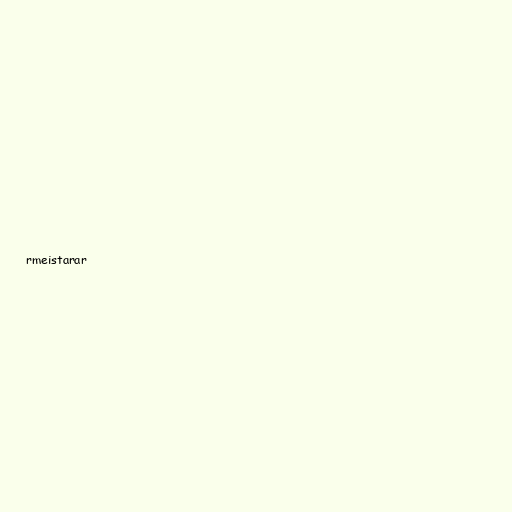
rmeistarar